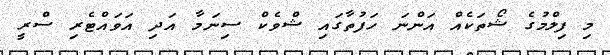
މި ފިލްމުގެ ޝޯތަކެއް އަންނަ ހަފުތާގައި ޝްވެކް ސިނަމާ އަދި އަވައްޓެރި ސްރީ